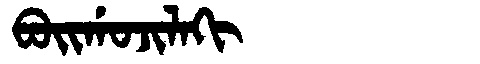
Manchu: ᠪᠣᡳᡤᠣᠵᡳᠯᠠᡴᡳ
Romanization: BOIGOJILAKI